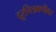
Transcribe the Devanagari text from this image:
दूरचित्रवणीवर